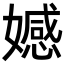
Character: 𡢳